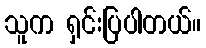
သူက ရှင်းပြပါတယ်။